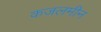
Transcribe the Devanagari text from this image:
कजलमीन